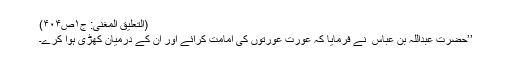
(التعلیق المغنی: ج۱ص۴۰۴)
’’حضرت عبداللہ بن عباس ؓ نے فرمایا کہ عورت عورتوں کی امامت کرائے اور ان کے درمیان کھڑی ہوا کرے۔